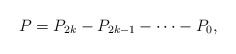
\begin{align*}P=P_{2k}-P_{2k-1}- \cdots -P_{0},\ \end{align*}